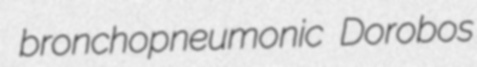
bronchopneumonic Dorobos